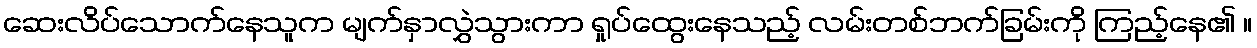
ဆေးလိပ်သောက်နေသူက မျက်နှာလွှဲသွားကာ ရှုပ်ထွေးနေသည့် လမ်းတစ်ဘက်ခြမ်းကို ကြည့်နေ၏ ။